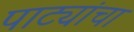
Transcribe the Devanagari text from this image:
पाट्यांचा